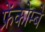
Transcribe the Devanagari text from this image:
फ्रेंकोम्बे